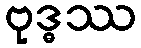
ဗုဒ္ဓဿ